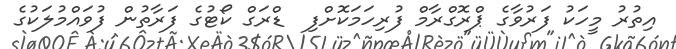
އިތުރު މީހަކު ފަރުވާގެ ޕްރޮގްރާމް ފުރިހަމަކޮށްފި  ޑްރަގް ކޯޓުގެ ފަރާތުން ފުވައްމުލަކުގެ